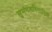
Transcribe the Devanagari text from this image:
सुमंगलविलासिनी